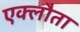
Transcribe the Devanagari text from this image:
एक्लौता